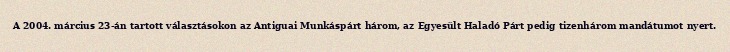
A 2004. március 23-án tartott választásokon az Antiguai Munkáspárt három, az Egyesült Haladó Párt pedig tizenhárom mandátumot nyert.